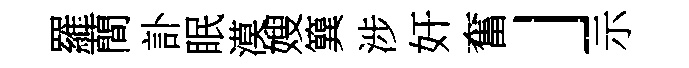
羅蕳訃眠漠嫂簨涉奸奮」示